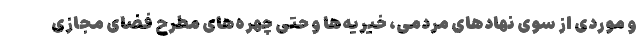
و موردی از سوی نهادهای مردمی، خیریه‌ها و حتی چهره‌های مطرح فضای مجازی